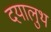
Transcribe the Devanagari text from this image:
दयालुथ